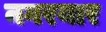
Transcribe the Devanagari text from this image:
नगरयार